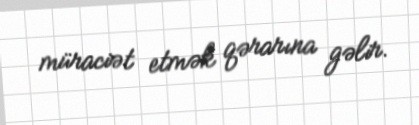
müraciət etmək qərarına gəlir.